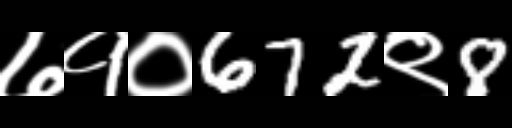
Text: ७१०672९8